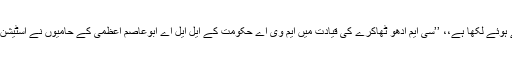
فیس بک صارف ’امیش پاٹھک‘ نے ویڈیو کو شیئر کرتے ہوئے لکھا ہے،، ’’سی ایم ادھو ٹھاکرے کی قیادت میں ایم وی اے حکومت کے ایل ایل اے ابوعاصم اعظمی کے حامیوں نے اسٹیشن پرچلنے کے دوران ’پاکستان زندہ باد‘ کے نعرے لگائے۔